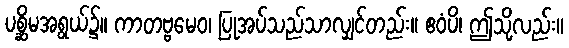
ပစ္ဆိမအရွယ်၌။ ကာတဗ္ဗမေဝ၊ ပြုအပ်သည်သာလျှင်တည်း။ ဧဝံပိ၊ ဤသို့လည်း။